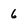
Character: 6